Annual report of the Civil Veterinary Department, Bengal, and of the Bengal Veterinary College for the year 1906-1907 - 1906-1907
Year: 1906
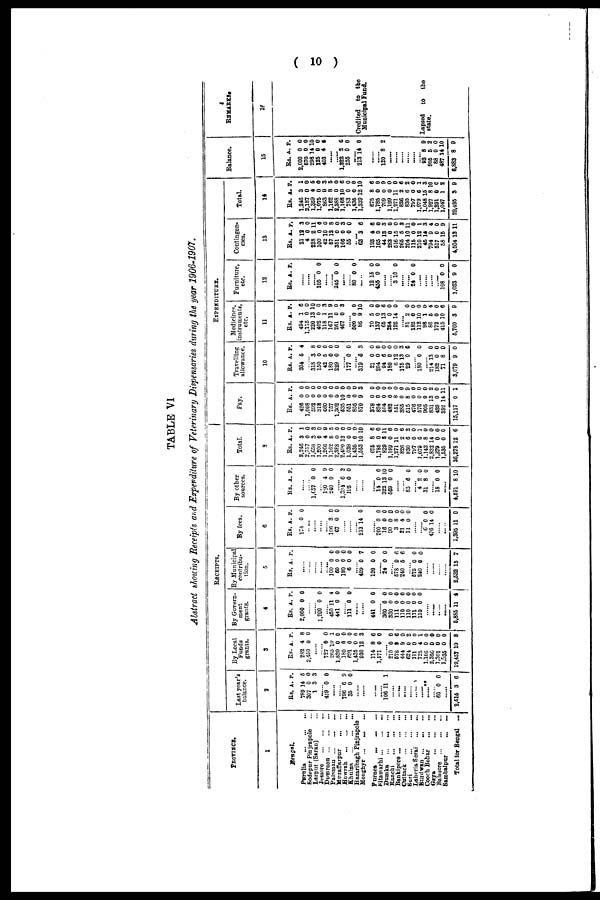
(10)
TABLE VI
Abstract showing Receipts and Expenditure of Veterinary Dispensaries during the year 1906-1907.
PROVINCE.
1
Bengal.
Porulia
...
...
...
Sodepur Pinjrapole ...
Larpur (Saran) ...
Jessore
...
...
...
Dumraon
...
...
...
Palamau
...
...
...
Muzaffarpur
...
...
Howrah ... ... ...
Khulna
...
...
...
Hazaribagh Pinjrapole
Moughyr
...
...
...
Purnea
...
...
...
Sitamarhi ... ... ...
Dumka
...
...
...
Ranchi
...
...
...
Bankipore ... ... ...
Cultack
...
...
...
Suri
...
...
...
Laheria Serai ... ...
Burdwan ...
...
...
Cooch Behar
...
...
Gaya
...
...
...
Balasore
...
...
...
Sambalpur
...
...
Total for Bengal ...
RECEIPTS.
Last year's
balance.
2
Rs. A. P.
789 14 5
307 0 0
1 3 3
......
419 0 0
......
...... 796 6 9
35 0 0
......
......
......
......
106 11 1
......
...... ......
...... ......
...... ......**
...... 60 0 0
......
2,515 3 6
By Local
Funds
grants.
3
Rs. A. P.
282 4 8
2,450 0 0
......
...... 727 0 0
265 10 1
1,820 0 0
180 0 0
691 0 0
1,435 0 0
930 12 3
114 8 6
1,571 0 0
...... 210 0 0
678 9 6
444 9 0
624 0 2
111 0 0
725 4 1
1,105 0 0
2,350 0 0
1,301 0 0
1,535 0 0
19,457 10 8
By Govern-
ment
grants.
4
Rs. A. P.
2,000 0 0
......
...... 1,200 0 0
...... 450 11 4
441 0 0
...... 111 0 0
......
......
441 0 0
...... 360 0 0
330 0 0
111 0 0
110 0 0
110 0 0
111 0 0
110 0 0
......
......
......
......
5,885 11 4
By Municipal
contribu-
tion.
5
Rs. A. P.
......
......
......
......
...... 100 0 0
60 0 0
180 0 0
6 0 0
...... 409 0 7
120 0 0
...... 24 0 0
...... 578 9 6
240 5 6
...... 575 0 0
240 0 0
......
......
......
......
2,632 15 7
By fees.
6
Rs. A. P.
174 0 0
......
...... ......
...... 106 8 0
67 0 0
......
......
213 14 0
......
200 0 0
16 0 0
90 0 0
3 8 0
81 4 0
11 0 0
......
...... 6 0 0
476 14 0
......
1,395 11 0
By other
sources.
Rs. A. P.
......
...... 1,657 0 0
...... 120 4 9
240 0 0
...... 1,334 6 3
195 0 0
......
......
......
14 0 0
322 13 10
669 0 0
......
...... 85 6 0
...... 4 2 0
31 8 0
...... 18 0 0
......
4,691 8 10
Total.
3
Rs. A. P.
3,246 3 1
2,757 0 0
1,658 3 3
1,200 0 0
1,266 4 9
1,162 8 5
2,388 0 0
2,490 13 0
1,038 0 0
1,435 0 0
1,553 10 10
676 8 6
1,785 0 0
829 8 11
1,199 0 0
1,271 11 0
826 2 6
830 6 2
797 0 0
1,079 6 1
1.142 8 0
2,832 14 0
1,379 0 0
1,535 0 0
36,378 12 6
EXPENDITURE.
Pay.
Rs. A. P.
426 0 0
1,008 0 0
592 0 0
318 0 0
660 0 0
757 0 0
1,302 0 0
635 10 0
651 0 0
856 0 0
870 9 3
378 0 0
824 0 0
504 0 0
482 0 0
551 8 0
385 0 0
615 8 9
476 0 0
576 0 0
905 0 0
831 13 2
420 0 0
392 14 11
15,117 0 1
Travelling
allowance.
10
Rs. A. P.
304 6 4
...... 318 3 8
150 0 0
42 5 0
180 0 0
229 0 0
...... 177 0 0
...... 319 6 8
21 0 0
204 0 0
94 6 0
180 0 0
612 0
176 13 3
29 0 6
...... 180 0 0
...... 214 13 0
182 0 0
71 8 0
3,079 9 0
Medicines,
instruments,
etc.
11
Rs. A. P.
494 1 6
1,175 0 0
220 13 10
402 0 0
118 1 3
167 11 9
261 0 0
467 0 3
...... 600 0 0
86 9 10
70 5 0
137 0 0
65 13 6
264 0 0
192 14 0
...... 81 2 0
182 0 0
112 10 0
98 1 0
86 5 4
172 0 0
415 10 6
5,760 3 9
Furniture,
etc.
12
Rs. A. P.
......
......
...... 105 0 0
......
...... 246 0 0
......
...... 80 0 0
......
12 15 0
455 0 0
......
...... 3 10 0
...... ......
24 0 0
......
......
......
...... 108 0 0
1,033 9 0
Contingen-
cies.
13
Rs. A. P.
21 12 3
4 0 0
228 2 11
100 0 0
42 10 0
67 12 8
351 0 0
166 0 3
66 0 0
...... 63 3 6
193 4 6
165 0 0
44 13 3
283 0 0
516 15 0
265 5 3
204 10 11
115 0 0
210 12 1
45 14 3
794 9 4
517 0 0
58 15 9
4,504 13 11
Total.
14
Rs. A. P.
1,246 3 1
2,187 0 0
1,359 4 6
1,075 0 0
863 0 3
1,162 8 6
2,388 0 0
1,168 10 6
783 0 0
1,435 0 0
1,339 12 10
675 8 6
1,785 0 0
709 0 9
1,199 0 0
1,271 11 0
826 2 6
830 6 2
797 0 0
1,079 6 1
1,048 15 3
1,927 8 10
1,291 0 0
1,047 1 2
29,495 3 9
Balance.
15
Rs. A. P.
2,000 0 0
570 0 0
298 14 10
125 0 0
403 4 6
......
1,322 2 6
255 0 0
......
213 14 0
......
...... 120 8 2
......
......
......
......
......
...... 93 8 9
905 5 2
88 0 0
487 14 10
6,883 8 9
REMARKS.
16
Credited to the
Municipal Fund.
Lapsed
to
the
state.